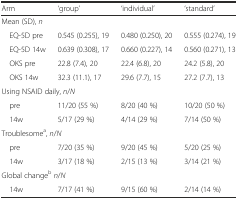
<table><thead><tr><td><b>Arm</b></td><td><b>‘group’</b></td><td><b>‘individual’</b></td><td><b>‘standard’</b></td></tr></thead><tbody><tr><td colspan="4">Mean (SD), <i>n</i></td></tr><tr><td> EQ-5D pre</td><td>0.545 (0.255), 19</td><td>0.480 (0.250), 20</td><td>0.555 (0.274), 19</td></tr><tr><td> EQ-5D 14w</td><td>0.639 (0.308), 17</td><td>0.660 (0.227), 14</td><td>0.560 (0.271), 13</td></tr><tr><td> OKS pre</td><td>22.8 (7.4), 20</td><td>22.4 (6.8), 20</td><td>24.2 (5.8), 20</td></tr><tr><td> OKS 14w</td><td>32.3 (11.1), 17</td><td>29.6 (7.7), 15</td><td>27.2 (7.7), 13</td></tr><tr><td colspan="4">Using NSAID daily, <i>n</i>/<i>N</i></td></tr><tr><td> pre</td><td>11/20 (55 %)</td><td>8/20 (40 %)</td><td>10/20 (50 %)</td></tr><tr><td> 14w</td><td>5/17 (29 %)</td><td>4/14 (29 %)</td><td>7/14 (50 %)</td></tr><tr><td colspan="4">Troublesome<sup>a</sup>, <i>n</i>/<i>N</i></td></tr><tr><td> pre</td><td>7/20 (35 %)</td><td>9/20 (45 %)</td><td>5/20 (25 %)</td></tr><tr><td> 14w</td><td>3/17 (18 %)</td><td>2/15 (13 %)</td><td>3/14 (21 %)</td></tr><tr><td colspan="4">Global change<sup>b</sup><i>n</i>/<i>N</i></td></tr><tr><td> 14w</td><td>7/17 (41 %)</td><td>9/15 (60 %)</td><td>2/14 (14 %)</td></tr></tbody></table>